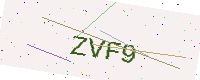
Text: ZVF9